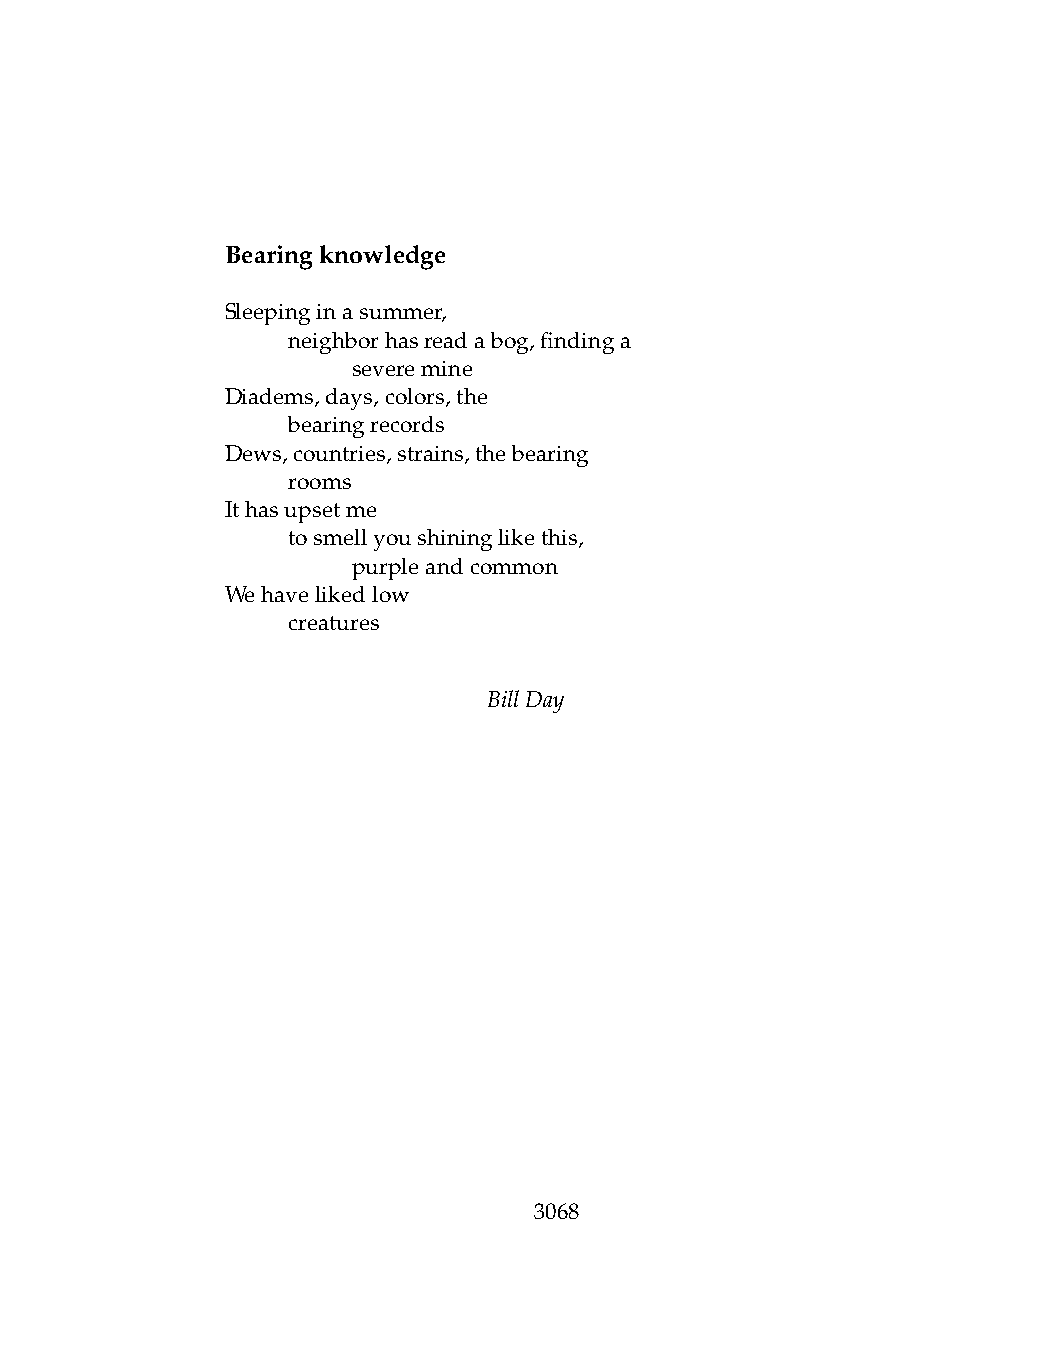
Bearingknowledge
 Sleepinginasummer,
 .   neighborhasreadabog,findinga
 .   .   severemine
 Diadems,days,colors,the
 .   bearingrecords
 Dews,countries,strains,thebearing
 .   rooms
 Ithasupsetme
 .   tosmellyoushininglikethis,
 .   .   purpleandcommon
 Wehavelikedlow
 .   creatures
 BillDay
 3068